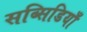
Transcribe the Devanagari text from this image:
सब्सिडियाँ